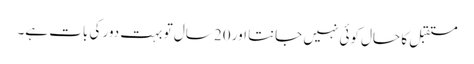
مستقبل کا حال کوئی نہیں جانتا اور 20 سال تو بہت دور کی بات ہے۔